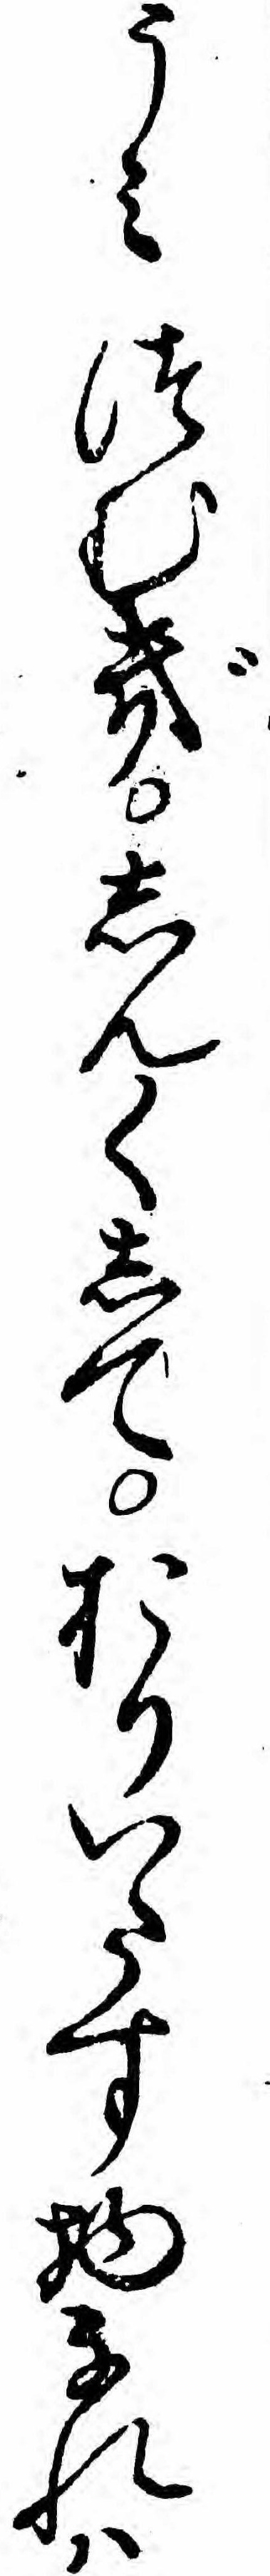
うミつむぎしん〱しておりいたす物なれハ